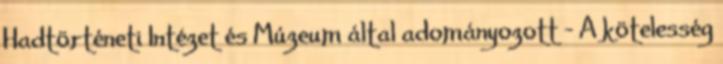
Hadtörténeti Intézet és Múzeum által adományozott – A kötelesség